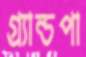
গ্র্যান্ডপা